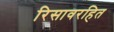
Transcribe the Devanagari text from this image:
रिसावरहित